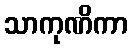
သာကုဏိကာ